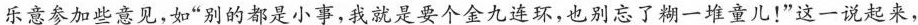
乐意参加些意见，如”别的都是小事，我就是要个金九连环，也别忘了糊一堆童儿！”这一说起来，